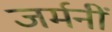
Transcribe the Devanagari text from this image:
जर्मनीं